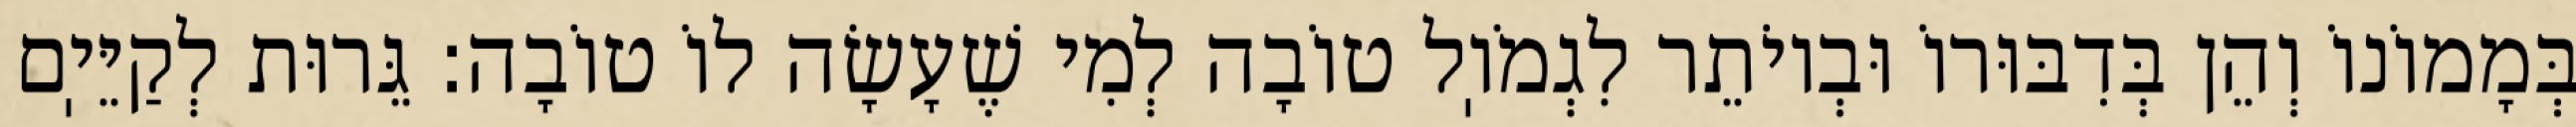
בְּמָמוֹנוֹ וְהֵן בְּדִבּוּרוֹ וּבְיוֹתֵר לִגְמֹוֽל טוֹבָה לְמִי שֶׁעָשָׂה לוֹ טוֹבָה: גֵּרוּת לְקַיֵּיֽם